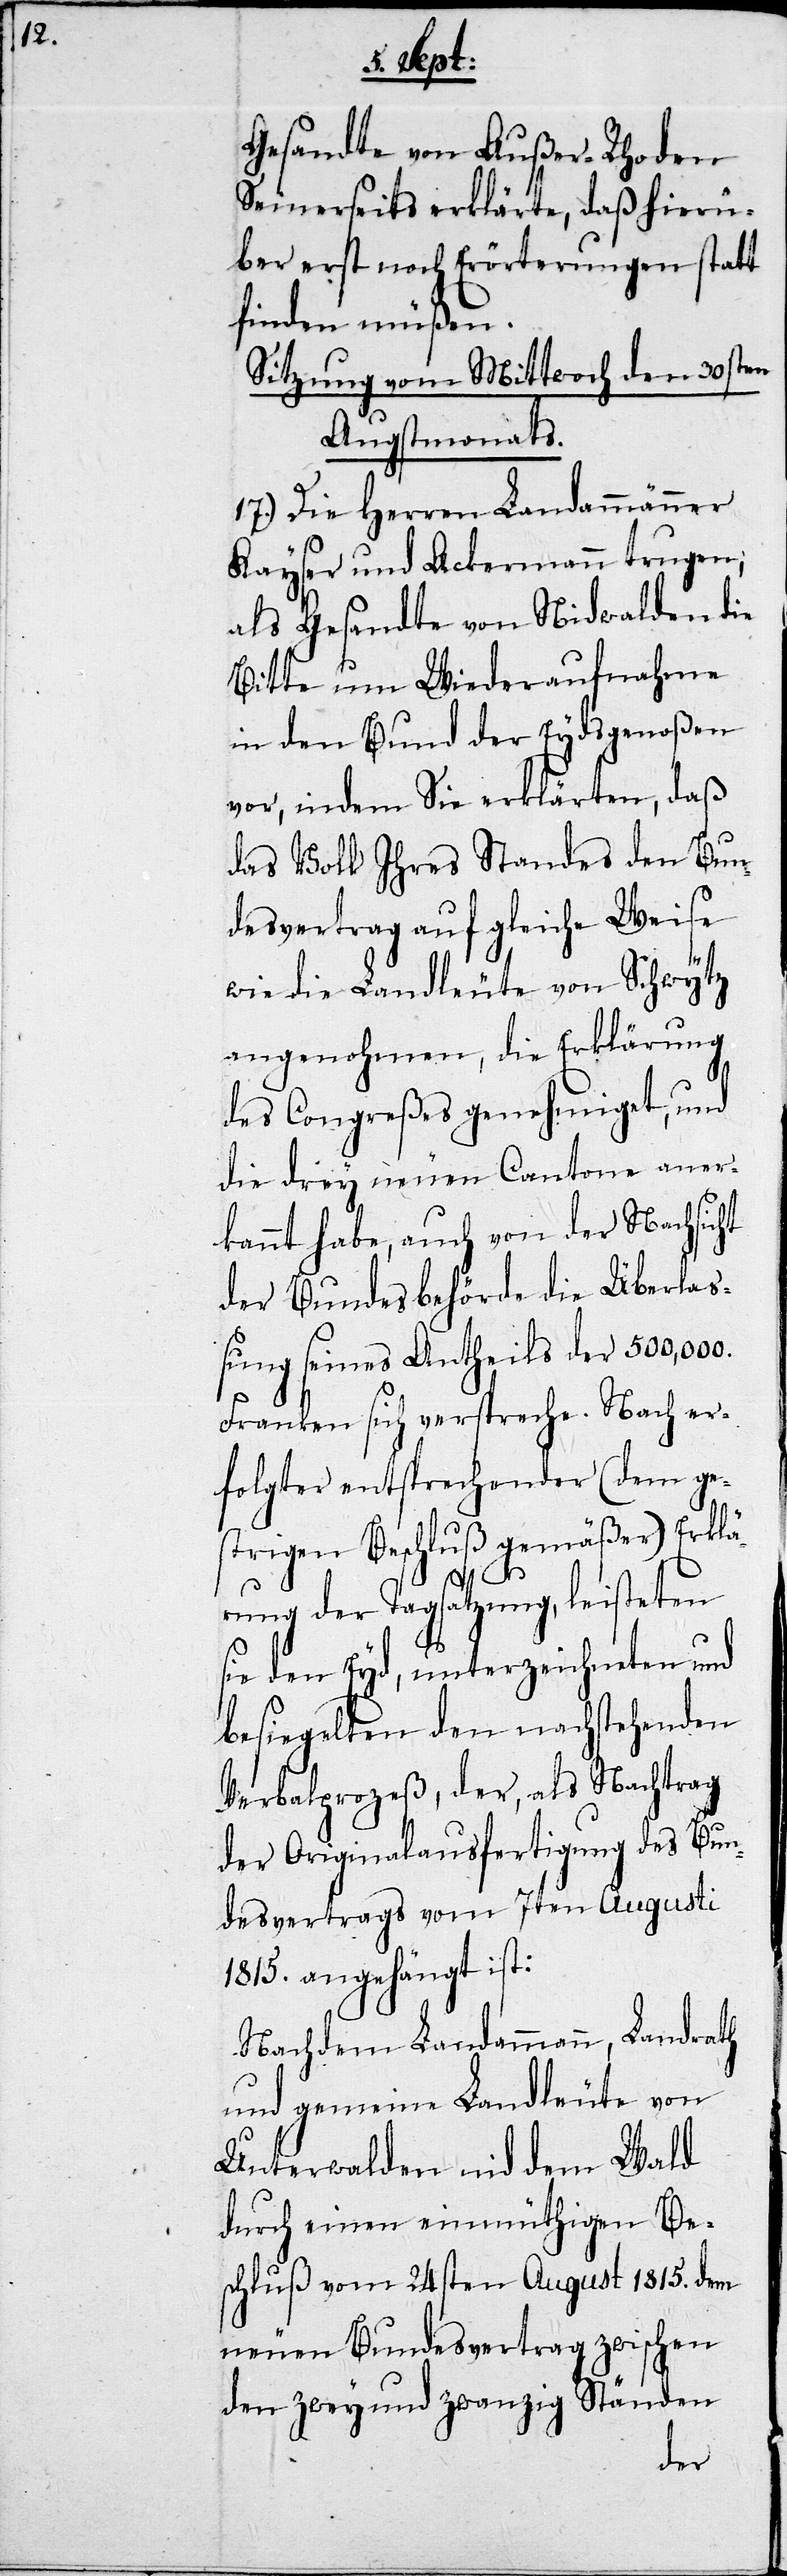
Gesandte von Außer-Rhoden
Seinerseits erklärte, daß hierü¬
ber erst noch Erörterungen statt
finden müßen.
Sitzung vom Mittwoch den 30sten
Augstmonats.
17.) Die Herren Landammänner
Kayser und Ackermann trugen;
als Gesandte von Nidwalden die
Bitte um Wiederaufnahme
in den Bund der Eydsgenoßen
vor, indem Sie erklärten, daß
das Volk Ihres Standes den Bun¬
desvertrag auf gleiche Weise
wie die Landleute von Schwytz
angenohmen, die Erklärung
des Congreßes genehmiget, und
die drey neuen Cantone aner¬
kannt habe, auch von der Nachsicht
der Bundesbehörde die Überla¬
ßung seines Antheils der 500,000.
Franken sich verspreche. Nach er¬
folgter entsprechender (dem ge¬
strigen Beschluß gemäßer) Erklä¬
rung der Tagsatzung, leisteten
sie den Eyd, unterzeichneten und
besiegelten den nachstehenden
Verbalprozeß, der, als Nachtrag
der Originalausfertigung des Bun¬
desvertrags vom 7ten Augusti
1815. angehängt ist:
Nachdem Landammann, Landrath
und gemeine Landleute von
Unterwalden nid dem Wald
durch einen einmüthigen Be¬
schluß vom 24sten August 1815. dem
neuen Bundesvertrag zwischen
den zwey und zwanzig Ständen